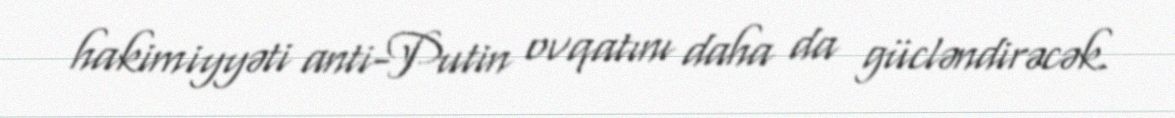
hakimiyyəti anti-Putin ovqatını daha da gücləndirəcək.